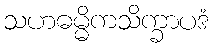
သဟဓမ္မိကသိက္ခာပဒံ